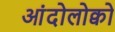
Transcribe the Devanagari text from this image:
आंदोलोक्वो